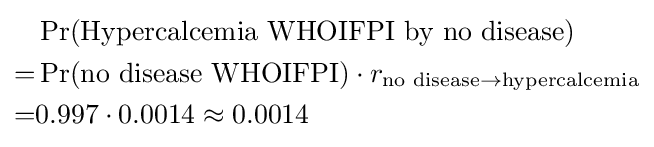
{\begin{aligned}&\Pr({\text{Hypercalcemia WHOIFPI by no disease}})\\=&\Pr({\text{no disease WHOIFPI}})\cdot r_{{\text{no disease}}\rightarrow {\text{hypercalcemia}}}\\=&0.997\cdot 0.0014\approx 0.0014\end{aligned}}